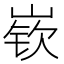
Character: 嵚